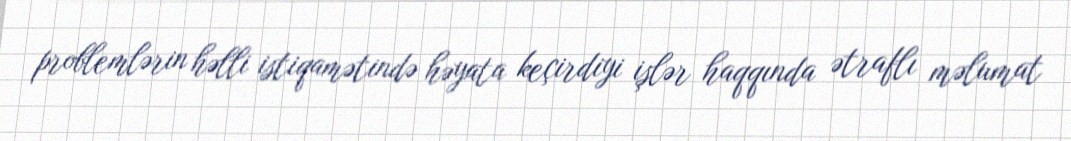
problemlərin həlli istiqamətində həyata keçirdiyi işlər haqqında ətraflı məlumat